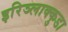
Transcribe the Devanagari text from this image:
इरिञ्लाक्कुडा